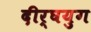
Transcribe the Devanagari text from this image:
दीर्घयुग